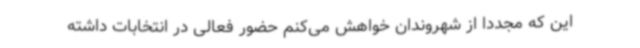
این که مجددا از شهروندان خواهش می‌کنم حضور فعالی در انتخابات داشته